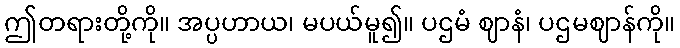
ဤတရားတို့ကို။ အပ္ပဟာယ၊ မပယ်မူ၍။ ပဌမံ ဈာနံ၊ ပဌမဈာန်ကို။